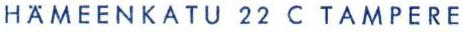
HÄMEENKATU 22 C TAMPERE